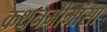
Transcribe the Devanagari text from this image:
कथनमीमांसा